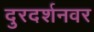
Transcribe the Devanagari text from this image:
दुरदर्शनवर